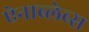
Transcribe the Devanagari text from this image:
ऐनाब्लेब्स